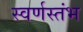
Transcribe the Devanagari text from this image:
स्वर्णस्तंभ